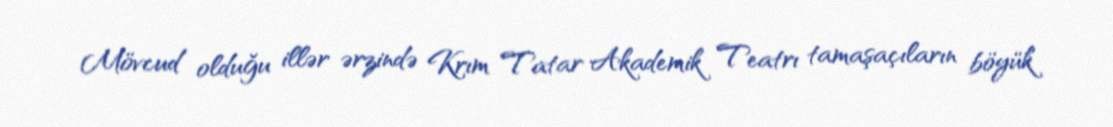
Mövcud olduğu illər ərzində Krım Tatar Akademik Teatrı tamaşaçıların böyük